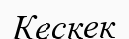
Кескек